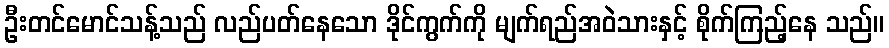
ဦးတင်မောင်သန့်သည် လည်ပတ်နေသော ဒိုင်ကွက်ကို မျက်ရည်အဝဲသားနှင့် စိုက်ကြည့်နေ သည်။